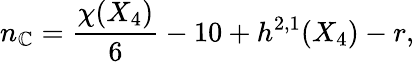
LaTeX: n_{\mathbb{C}}={\frac{{\chi(X_{4})}}{{6}}}-10+h^{2,1}(X_{4})-r,